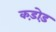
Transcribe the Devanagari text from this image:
कड़ोड़